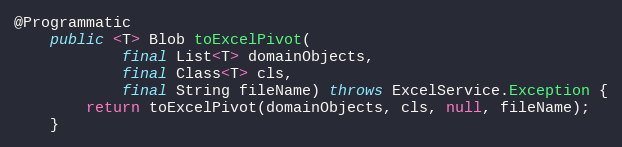
Language: Java
@Programmatic
    public <T> Blob toExcelPivot(
            final List<T> domainObjects,
            final Class<T> cls,
            final String fileName) throws ExcelService.Exception {
        return toExcelPivot(domainObjects, cls, null, fileName);
    }